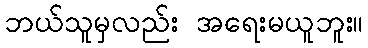
ဘယ်သူမှလည်း အရေးမယူဘူး။